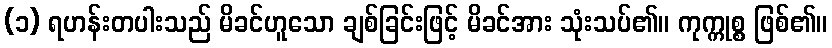
(၁) ရဟန်းတပါးသည် မိခင်ဟူသော ချစ်ခြင်းဖြင့် မိခင်အား သုံးသပ်၏။ ကုက္ကုစ္စ ဖြစ်၏။